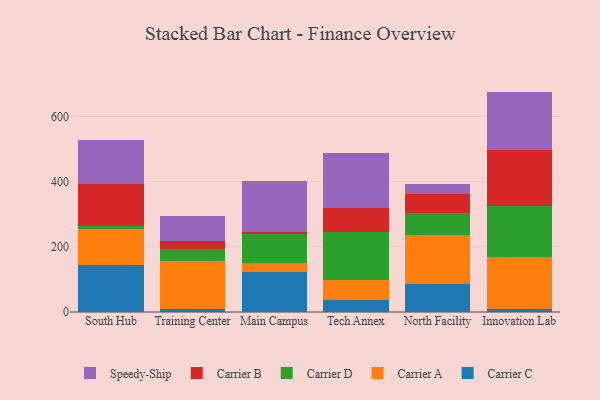
{"axis": {"x": "Campus", "y": "Shipments"}, "legend": ["Carrier A", "Carrier B", "Carrier C", "Carrier D", "Speedy-Ship"], "data": [{"x": "South Hub", "y": 142.8, "type": "Carrier C"}, {"x": "South Hub", "y": 111.5, "type": "Carrier A"}, {"x": "South Hub", "y": 9.6, "type": "Carrier D"}, {"x": "South Hub", "y": 128.0, "type": "Carrier B"}, {"x": "South Hub", "y": 135.0, "type": "Speedy-Ship"}, {"x": "Training Center", "y": 10.0, "type": "Carrier C"}, {"x": "Training Center", "y": 147.5, "type": "Carrier A"}, {"x": "Training Center", "y": 36.7, "type": "Carrier D"}, {"x": "Training Center", "y": 23.1, "type": "Carrier B"}, {"x": "Training Center", "y": 76.8, "type": "Speedy-Ship"}, {"x": "Main Campus", "y": 123.2, "type": "Carrier C"}, {"x": "Main Campus", "y": 28.1, "type": "Carrier A"}, {"x": "Main Campus", "y": 89.2, "type": "Carrier D"}, {"x": "Main Campus", "y": 5.1, "type": "Carrier B"}, {"x": "Main Campus", "y": 155.3, "type": "Speedy-Ship"}, {"x": "Tech Annex", "y": 37.0, "type": "Carrier C"}, {"x": "Tech Annex", "y": 59.8, "type": "Carrier A"}, {"x": "Tech Annex", "y": 149.4, "type": "Carrier D"}, {"x": "Tech Annex", "y": 74.4, "type": "Carrier B"}, {"x": "Tech Annex", "y": 166.9, "type": "Speedy-Ship"}, {"x": "North Facility", "y": 86.5, "type": "Carrier C"}, {"x": "North Facility", "y": 151.0, "type": "Carrier A"}, {"x": "North Facility", "y": 65.4, "type": "Carrier D"}, {"x": "North Facility", "y": 58.8, "type": "Carrier B"}, {"x": "North Facility", "y": 32.6, "type": "Speedy-Ship"}, {"x": "Innovation Lab", "y": 10.0, "type": "Carrier C"}, {"x": "Innovation Lab", "y": 159.7, "type": "Carrier A"}, {"x": "Innovation Lab", "y": 154.7, "type": "Carrier D"}, {"x": "Innovation Lab", "y": 173.2, "type": "Carrier B"}, {"x": "Innovation Lab", "y": 179.0, "type": "Speedy-Ship"}]}